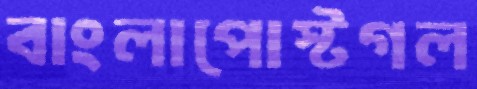
বাংলাপোস্টগল